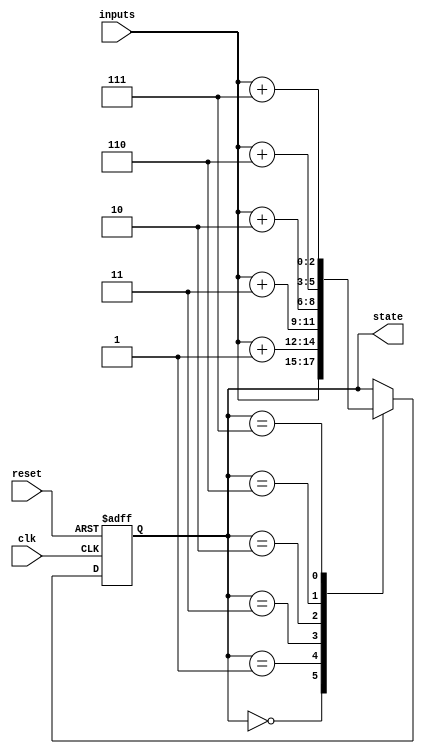
module gray_code_state_machine (
    input wire clk,
    input wire reset,
    input wire [N-1:0] inputs,
    output reg [N-1:0] state
);

// Parameters
parameter N = 3; // Number of bits for state encoding

// State encoding in Gray code
reg [N-1:0] next_state;
always @(*) begin
    case(state)
        3'b000: next_state = inputs;
        3'b001: next_state = inputs + 1;
        3'b011: next_state = inputs + 3;
        3'b010: next_state = inputs + 2;
        3'b110: next_state = inputs + 6;
        3'b111: next_state = inputs + 7;
        default: next_state = state;
    endcase
end

// State transition logic
always @(posedge clk or posedge reset) begin
    if (reset) begin
        state <= 3'b000;
    end else begin
        state <= next_state;
    end
end

endmodule